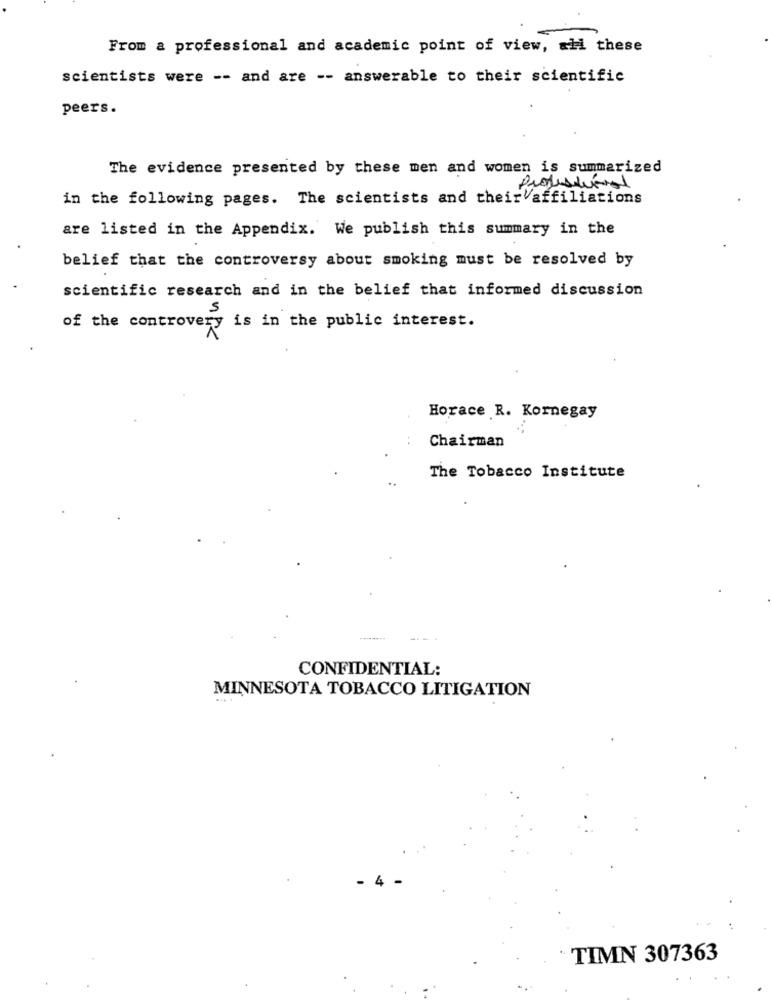
From a professional and academic point of view, ali these
scientists were -- and are -- answerable to their scientific
peers.
The evidence presented by these men and women is summarized
in the following pages. The scientists and theirVaffiliations
are listed in the Appendix. We publish this summary in the
belief that the controversy about smoking must be resolved by
scientific research and in the belief that informed discussion
5
of the controvery is in the public interest.
Horace R. Kornegay
Chairman
The Tobacco Institute
---
CONFIDENTIAL:
MINNESOTA TOBACCO LITIGATION
TIMN 307363